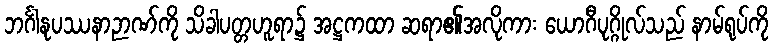
ဘင်္ဂါနုပဿနာဉာဏ်ကို သိခါပတ္တဟူရာ၌ အဋ္ဌကထာ ဆရာ၏အလိုကား ယောဂီပုဂ္ဂိုလ်သည် နာမ်ရုပ်ကို